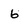
Character: 6